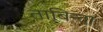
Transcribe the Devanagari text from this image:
ताबिन्दा